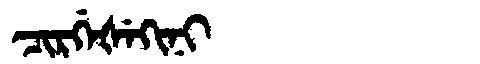
Manchu: ᠴᡳᡵᡤᡝᡧᡝᡴᡳᠨᡳ
Romanization: CIRGEŠEKINI